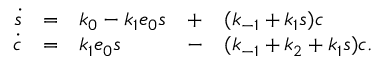
\begin{array} { r c l c l c l } { \dot { s } } & { = } & { k _ { 0 } - k _ { 1 } e _ { 0 } s } & { + } & { ( k _ { - 1 } + k _ { 1 } s ) c } \\ { \dot { c } } & { = } & { k _ { 1 } e _ { 0 } s } & { - } & { ( k _ { - 1 } + k _ { 2 } + k _ { 1 } s ) c . } \end{array}